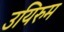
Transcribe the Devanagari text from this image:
उयिरुम